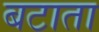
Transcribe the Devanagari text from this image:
बटाता